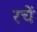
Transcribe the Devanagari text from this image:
रचें